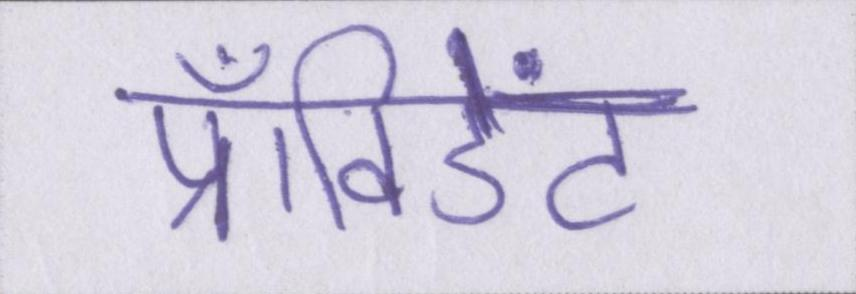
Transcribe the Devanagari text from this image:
प्रॉविडेंट